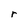
Character: r